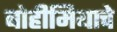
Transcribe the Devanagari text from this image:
बोहीमियाचे